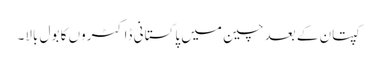
کپتان کے بعد چین میں پاکستانی ڈاکٹروں کا بول بالا۔